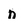
Character: n